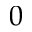
0